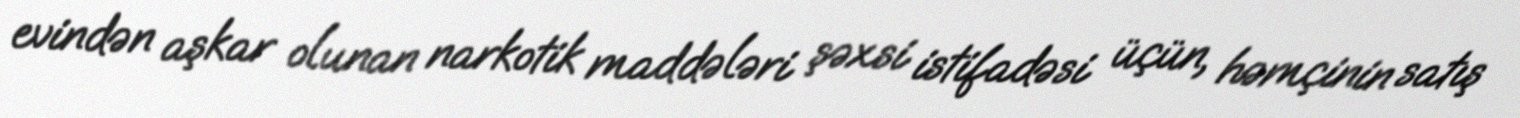
evindən aşkar olunan narkotik maddələri şəxsi istifadəsi üçün, həmçinin satış